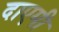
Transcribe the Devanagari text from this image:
दाएमी